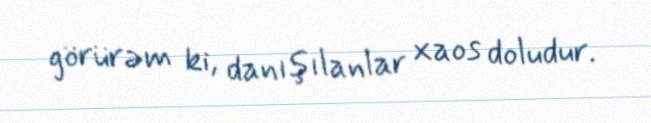
görürəm ki, danışılanlar xaos doludur.